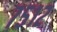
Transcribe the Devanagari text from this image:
७५१२